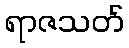
ရာဇသတ်